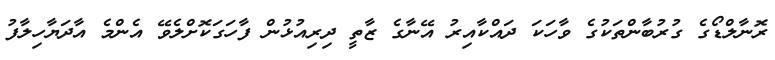
ރޮނާލްޑޯގެ ގުރުބާންތަކުގެ ވާހަކަ ދައްކާއިރު އޭނާގެ ޒާތީ ދިރިއުޅުން ފާހަގަކޮށްލެވޭ އެންމެ އާދަޔާހިލާފު